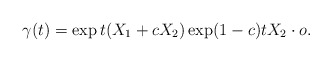
\begin{align*}\gamma(t)=\exp t(X_1+cX_2)\exp (1-c)tX_2\cdot o.\end{align*}